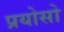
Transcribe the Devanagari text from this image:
प्रयोसो